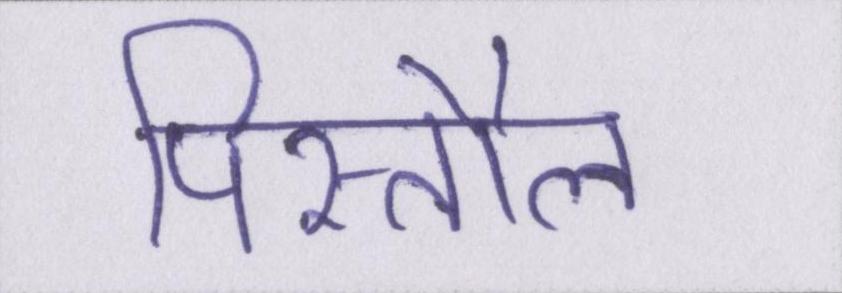
पिस्तौल